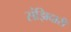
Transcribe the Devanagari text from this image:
संझिदारी